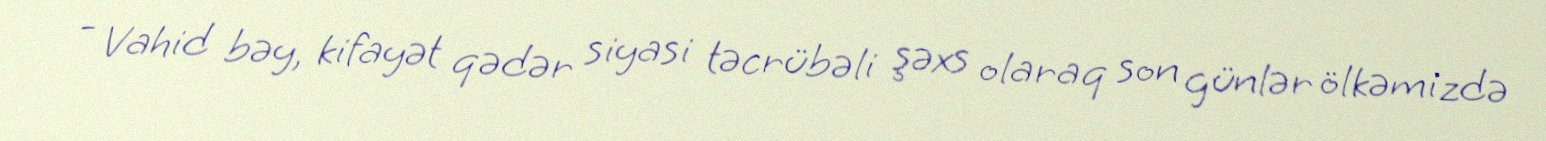
- Vahid bəy, kifayət qədər siyasi təcrübəli şəxs olaraq son günlər ölkəmizdə